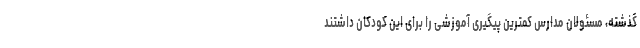
گذشته، مسئولان مدارس کمترین پیگیری آموزشی را برای این کودکان داشتند